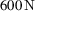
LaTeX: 6 0 0 \, \mathrm { N }